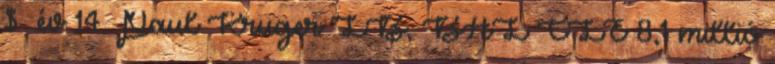
$ év 14. Paul Kruger LB, BAL CLE 8,1 millió